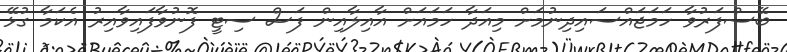
ބޭސްފަރުވާ ހަމަޖައްސައިދިނުމަށް މިއަދާ ހަމައަށް އާއިލާއިން ފަސް ސިޓީ ފޮނުވާފައިވާއިރު އެކަމާ ގުޅޭ